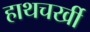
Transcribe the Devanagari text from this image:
हाथचर्खी